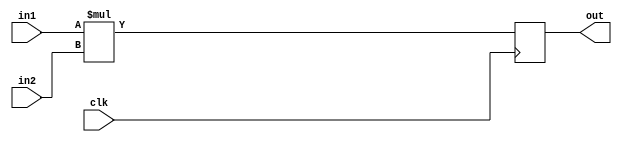
`timescale 1ns / 1ps
//////////////////////////////////////////////////////////////////////////////////
// Company: 
// Engineer: 
// 
// Design Name: 
// Module Name: mult_unsigned_32x20
// Project Name: 
// Target Devices: 
// Tool Versions: 
// Description: 
// 
// Dependencies: 
// 
// Revision:
// Revision 0.01 - File Created
// Additional Comments:
// 
//////////////////////////////////////////////////////////////////////////////////


module mult_unsigned_32x20(clk,in1,in2,out);


input wire              clk;
input wire [19:0]       in1; // m*m + n*n
input wire [31:0]       in2; // zparam
output wire [11:0]      out; // theta


reg [51:0]      out_reg; // seisuu + syousuu


assign out = out_reg[11:0];


always @(posedge clk) begin
    out_reg <= in1 * in2; 
end


endmodule